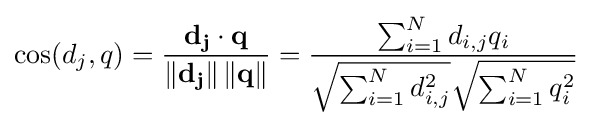
\mathrm {cos} (d_{j},q)={\frac {\mathbf {d_{j}} \cdot \mathbf {q} }{\left\|\mathbf {d_{j}} \right\|\left\|\mathbf {q} \right\|}}={\frac {\sum _{i=1}^{N}d_{i,j}q_{i}}{{\sqrt {\sum _{i=1}^{N}d_{i,j}^{2}}}{\sqrt {\sum _{i=1}^{N}q_{i}^{2}}}}}